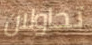
تحاولان